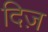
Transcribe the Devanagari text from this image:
दिज़